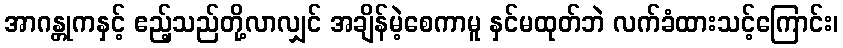
အာဂန္တုကနှင့် ဧည့်သည်တို့လာလျှင် အချိန်မဲ့စေကာမူ နှင်မထုတ်ဘဲ လက်ခံထားသင့်ကြောင်း၊